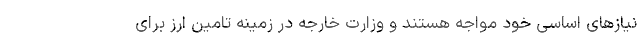
نیازهای اساسی خود مواجه هستند و وزارت خارجه در زمینه تامین ارز برای